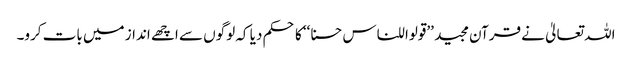
اللہ تعالیٰ نے قرآن مجید ’’قولوا للناس حسنا‘‘ کا حکم دیا کہ لوگوں سے اچھے انداز میں بات کرو۔